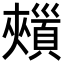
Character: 𩔯